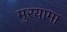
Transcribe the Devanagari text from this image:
मुरयामा